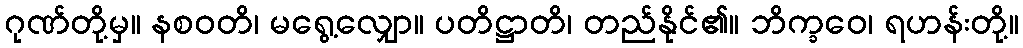
ဂုဏ်တို့မှ။ နစဝတိ၊ မရွေ့လျှော။ ပတိဋ္ဌာတိ၊ တည်နိုင်၏။ ဘိက္ခဝေ၊ ရဟန်းတို့။